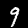
Label: 9